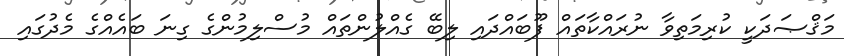
މަޤްޞަދަކީ ކުރިމަތިވާ ނުރައްކާތައް ފޫބައްދައި ލިބޭ ގެއްލުންތައް މުސްލިމުންގެ ގިނަ ބައެއްގެ މެދުގައި